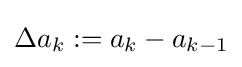
\Delta a_{k}:=a_{k}-a_{k-1}